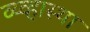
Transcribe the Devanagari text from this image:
व्य्व्हास्था